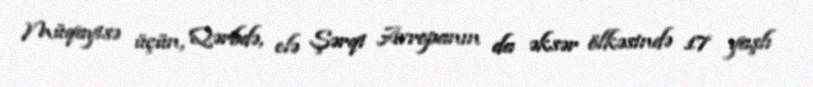
Müqayisə üçün, Qərbdə, elə Şərqi Avropanın da əksər ölkəsində 17 yaşlı